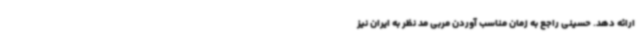
ارائه دهد. حسینی راجع به زمان مناسب آوردن مربی مد نظر به ایران نیز